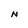
Character: N